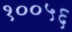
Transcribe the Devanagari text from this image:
१००५६